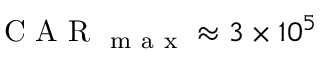
\mathrm { ~ C ~ A ~ R ~ } _ { \mathrm { ~ m ~ a ~ x ~ } } \approx 3 \times 1 0 ^ { 5 }